Annual report of the Prince of Wales Medical College, Patna
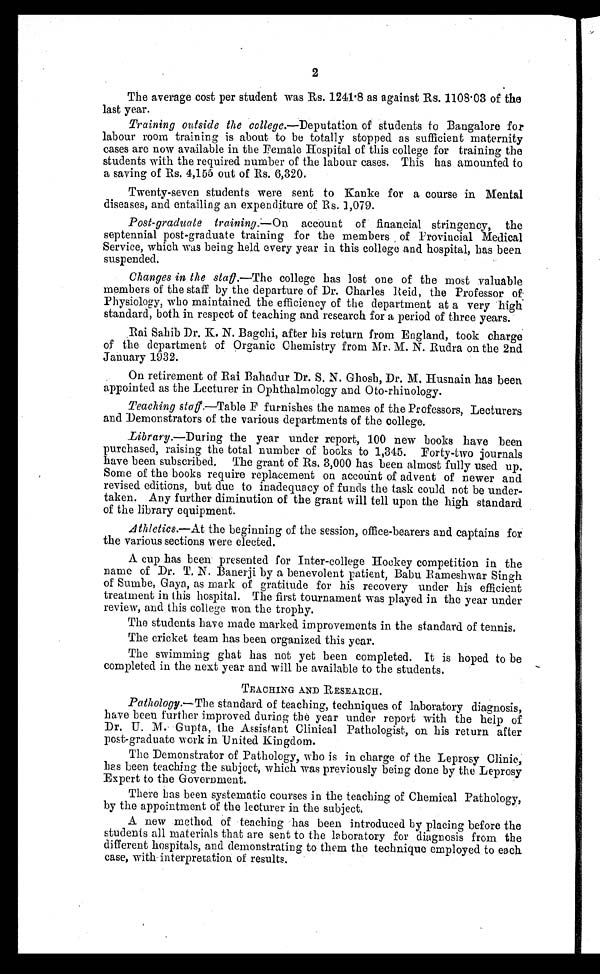
2
The average cost per student was Rs. 1241.8 as against Rs. 1108.03 of the
last year.
Training outside the college.—Deputation of students to Bangalore for
labour room training is about to be totally stopped. as sufficient maternity
cases are now available in the Female Hospital of this college for training the
students with the required number of the labour cases. This has amounted to
a saving of Rs. 4,155 out of Rs. 6,320.
Twenty-seven students were sent to Kanke for a course in Mental
diseases, and entailing an expenditure of Rs. 1,079.
Post-graduate training.— On account of financial stringency, the
septennial post-graduate training for the members , of Provincial Medical
Service, which was being held. every year in this college and hospital, has been
suspended.
Changes in the stall.—The college has lost one of the most valuable
members of the staff by the departure of Dr. Charles Reid, the Professor of;
Physiology, who maintained. the efficiency of the department at a very high
standard, both in respect of teaching and. research for a period of three years.
Rai Sahib Dr. K. N. Bagehi, after his return from England, took charge
of the department of Organic Chemistry from Mr. M. N. Rudra on the 2nd
January 1932.
On retirement of Rai Bahadur Dr. S. N. Ghosh, Dr. M. Husnain has been
appointed as the Lecturer in Ophthalmology and. Oto-rhinology.
Teaching staff.—Table F furnishes the names of the Professors, Lecturers
and Demonstrators of the various departments of the college.
Library.—During the year under report, 100 new books have been
purchased, raising the total number of books to 1,345. Forty-two journals
have been subscribed. The grant of Rs. 3,000 has been almost fully used up.
Some of the books require replacement on account of advent of newer and
revised. editions, but due to inadequacy of funds the task could. not be under-
taken. Any further diminution of the grant will tell upon the high standard
of the library equipment.
Athletics.—At the beginning of the session, office-bearers and captains for
the various sections were elected.
A cup has been presented for Inter-college Hockey competition in the
name of Dr. T. N. Banerji by a benevolent patient, Babu Rameshwar Singh
of Sumbe, Gaya, as mark of gratitude for his recovery under his efficient
treatment in this hospital. The first tournament was played in the year under
review, and this college won the trophy.
The students have made marked improvements in the standard of tennis.
The cricket team has been organized this year.
The swimming ghat has not yet been completed. It is hoped to be
completed in the next year and will be available to the students.
TEACHING AND RESEARCH.
Pathology.—The standard of teaching, techniques of laboratory diagnosis,
have been further improved during the year under report with the help of
Dr. U. M. Gupta, the Assistant Clinical Pathologist, on his return after
post-graduate work in United Kingdom.
The Demonstrator of Pathology, who is in charge of the Leprosy Clinic,
bas been teaching the subject, which was previously being done by the Leprosy
Expert to the Government.
There has been systematic courses in the teaching of Chemical Pathology,
by the appointment of the lecturer in the subject.
A new method of teaching has been introduced by placing before the
students all materials that are sent to the laboratory for diagnosis from the
different hospitals, and demonstrating to them the technique employed to each
case, with interpretation of results.